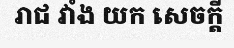
រាជ វាំង យក សេចក្តី